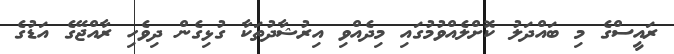
ރައީސްގެ މި ބައްދަލު ކޮށްލެއްވުމުގައި މިދެއްވި އިރުޝާދުތަކާ ގުޅިގެން ދިވެހި ރާއްޖޭގެ އަޑުގެ